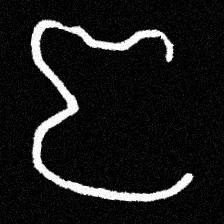
Pyu character \u2014 Myanmar letter: ဇ (romanized: ja)